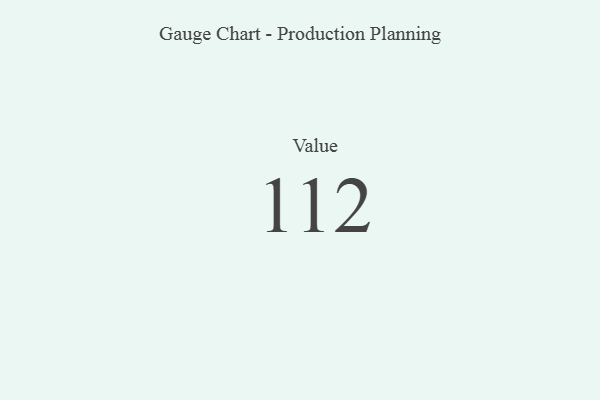
{"axis": {"x": "Metric", "y": "Value"}, "legend": [""], "data": [{"x": "Value", "y": 112, "type": ""}]}